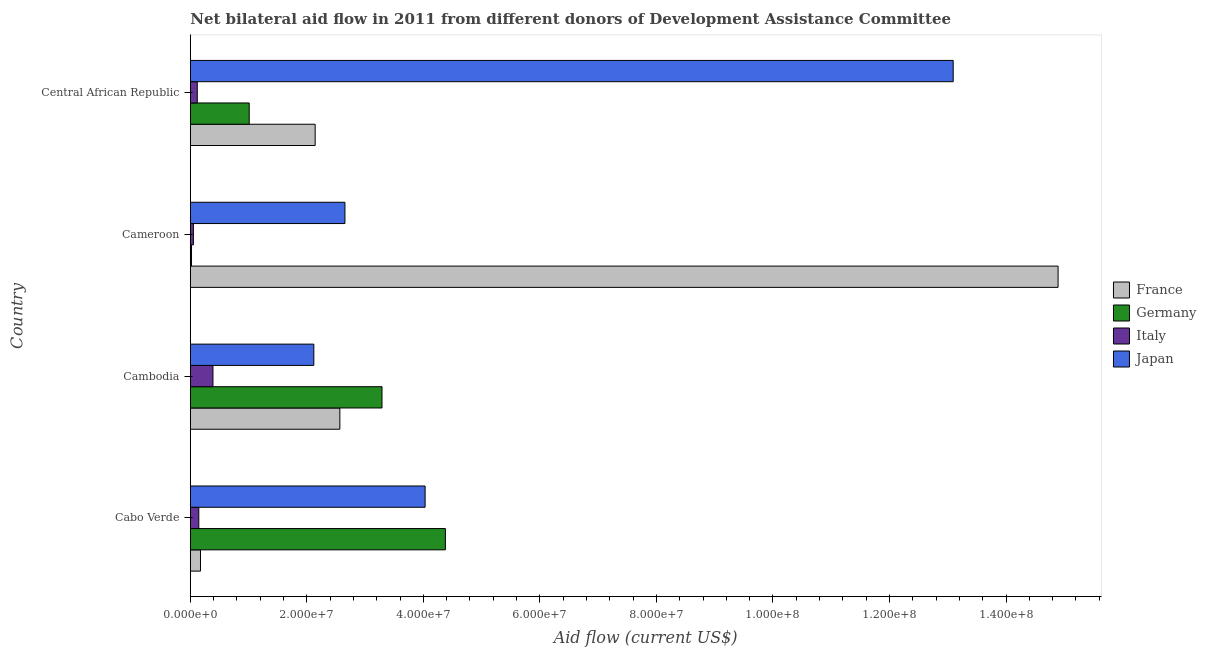
| Country | France | Germany | Italy | Japan |
 | --- | --- | --- | --- | --- |
 | Cabo Verde | 1.75e+06 | 4.38e+07 | 1.46e+06 | 4.03e+07 |
 | Cambodia | 2.57e+07 | 3.29e+07 | 3.89e+06 | 2.12e+07 |
 | Cameroon | 1.49e+08 | 2.1e+05 | 5.3e+05 | 2.65e+07 |
 | Central African Republic | 2.14e+07 | 1.01e+07 | 1.2e+06 | 1.31e+08 |